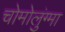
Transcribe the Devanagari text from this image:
चोमोलुंग्मा